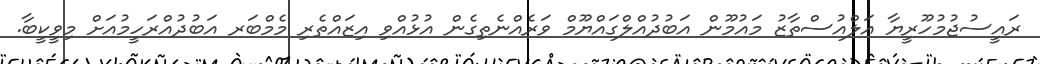
ރައީސުޖުމުހޫރީޔާ އަލްއުސްތާޒު މައުމޫން އަބުދުއްލްގައްޔޫމް ވަރެއްނެތިގެން އުޅުއްވި އިޒައްތެރި މެމްބަރ އަބުދުއްރަހީމުއަށް މިވީކީބާ.